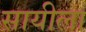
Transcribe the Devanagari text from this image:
सायीला